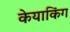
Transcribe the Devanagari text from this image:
केयाकिंग